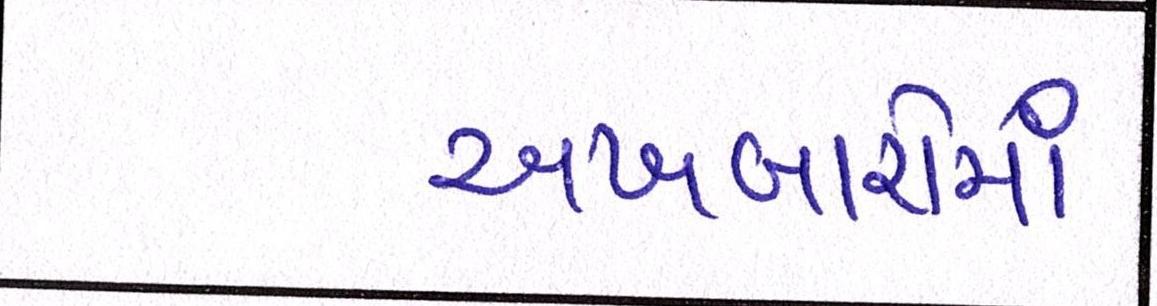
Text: અખબારોમાં